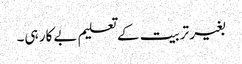
بغیر تربیت کے تعلیم بے کار ہی۔